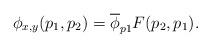
LaTeX: \begin{align*}\phi_{x,y}(p_1,p_2) = \overline{\phi}_{p1}F(p_2,p_1).\end{align*}